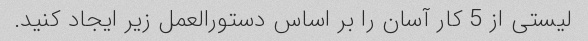
لیستی از 5 کار آسان را بر اساس دستورالعمل زیر ایجاد کنید.